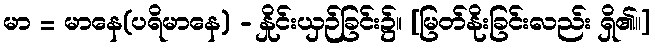
မာ = မာနေ(ပရိမာနေ) - နှိုင်းယှဉ်ခြင်း၌။ [မြတ်နိုးခြင်းလည်း ရှိ၏၊၊]